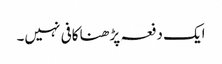
ایک دفعہ پڑھنا کافی نہیں۔